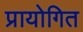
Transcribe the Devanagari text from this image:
प्रायोगित